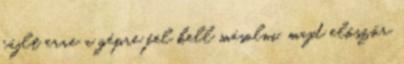
fájlt erre a gépre fel kell másolni, majd először